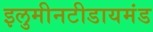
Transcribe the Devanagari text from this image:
इलुमीनटीडायमंड